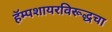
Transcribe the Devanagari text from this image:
हॅम्पशायरविरूद्धचा